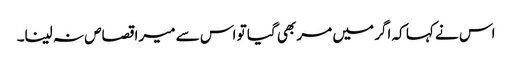
اس نے کہا کہ اگر میں مر بھی گیا تو اس سے میرا قصاص نہ لینا۔